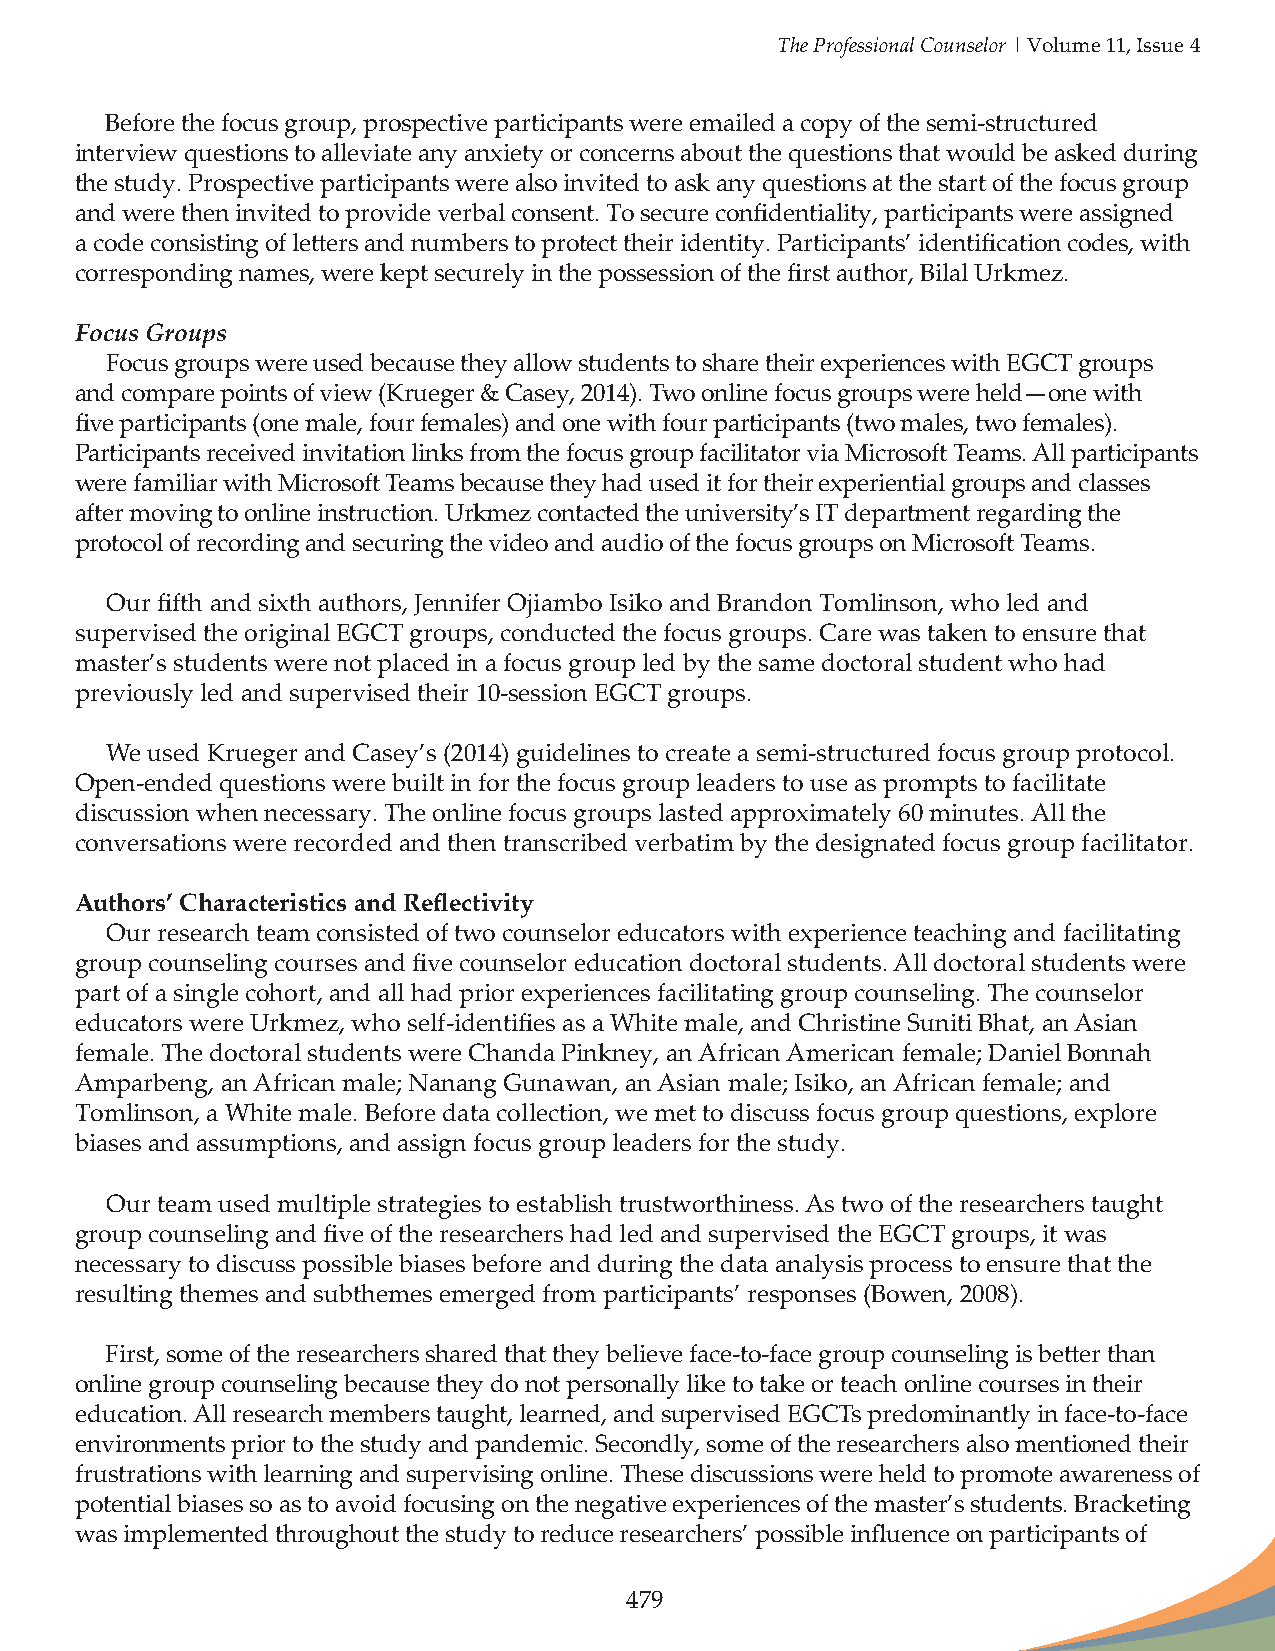
The Professional Counselor | Volume 11, Issue 4
 Before the focus group, prospective participants were emailed a copy of the semi-structured
 interview questions to alleviate any anxiety or concerns about the questions that would be asked during
 the study. Prospective participants were also invited to ask any questions at the start of the focus group
 and were then invited to provide verbal consent. To secure confidentiality, participants were assigned
 a code consisting of letters and numbers to protect their identity. Participants’ identification codes, with
 corresponding names, were kept securely in the possession of the first author, Bilal Urkmez.
 Focus Groups
 Focus groups were used because they allow students to share their experiences with EGCT groups
 and compare points of view (Krueger & Casey, 2014). Two online focus groups were held—one with
 five participants (one male, four females) and one with four participants (two males, two females).
 Participants received invitation links from the focus group facilitator via Microsoft Teams. All participants
 were familiar with Microsoft Teams because they had used it for their experiential groups and classes
 after moving to online instruction. Urkmez contacted the university’s IT department regarding the
 protocol of recording and securing the video and audio of the focus groups on Microsoft Teams.
 Our fifth and sixth authors, Jennifer Ojiambo Isiko and Brandon Tomlinson, who led and
 supervised the original EGCT groups, conducted the focus groups. Care was taken to ensure that
 master’s students were not placed in a focus group led by the same doctoral student who had
 previously led and supervised their 10-session EGCT groups.
 We used Krueger and Casey’s (2014) guidelines to create a semi-structured focus group protocol.
 Open-ended questions were built in for the focus group leaders to use as prompts to facilitate
 discussion when necessary. The online focus groups lasted approximately 60 minutes. All the
 conversations were recorded and then transcribed verbatim by the designated focus group facilitator.
 Authors’ Characteristics and Reflectivity
 Our research team consisted of two counselor educators with experience teaching and facilitating
 group counseling courses and five counselor education doctoral students. All doctoral students were
 part of a single cohort, and all had prior experiences facilitating group counseling. The counselor
 educators were Urkmez, who self-identifies as a White male, and Christine Suniti Bhat, an Asian
 female. The doctoral students were Chanda Pinkney, an African American female; Daniel Bonnah
 Amparbeng, an African male; Nanang Gunawan, an Asian male; Isiko, an African female; and
 Tomlinson, a White male. Before data collection, we met to discuss focus group questions, explore
 biases and assumptions, and assign focus group leaders for the study.
 Our team used multiple strategies to establish trustworthiness. As two of the researchers taught
 group counseling and five of the researchers had led and supervised the EGCT groups, it was
 necessary to discuss possible biases before and during the data analysis process to ensure that the
 resulting themes and subthemes emerged from participants’ responses (Bowen, 2008).
 First, some of the researchers shared that they believe face-to-face group counseling is better than
 online group counseling because they do not personally like to take or teach online courses in their
 education. All research members taught, learned, and supervised EGCTs predominantly in face-to-face
 environments prior to the study and pandemic. Secondly, some of the researchers also mentioned their
 frustrations with learning and supervising online. These discussions were held to promote awareness of
 potential biases so as to avoid focusing on the negative experiences of the master’s students. Bracketing
 was implemented throughout the study to reduce researchers’ possible influence on participants of
 479